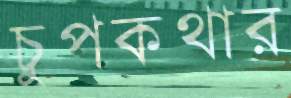
চুপকথার